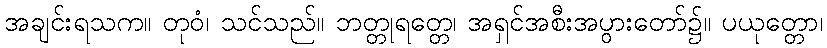
အချင်းရသက။ တုဝံ၊ သင်သည်။ ဘတ္တုရတ္တေ၊ အရှင်အစီးအပွားတော်၌။ ပယုတ္တော၊